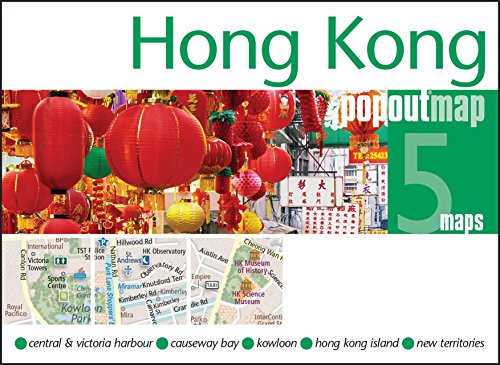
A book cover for Hong Kong PopOut Map (PopOut Maps); Travel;